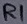
Text: R1